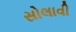
સોલાવી